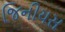
જિનીયસ